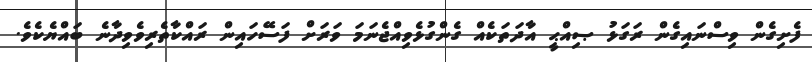
ފެށިގެން ވިސްނައިގެން ރަގަޅު ޞިއްޙީ އާދަތަކެއް ގެންގުޅެވިއްޖެނަމަ ވަރަށް ފަސޭހައިން ރައްކާތެރިވެވިދާނެ ބައްޔެކެވެ.